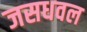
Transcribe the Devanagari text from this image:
जसधवल